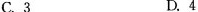
C . 3 D . 4